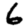
Digit: 6